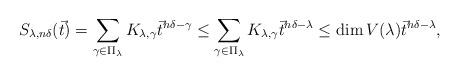
LaTeX: \begin{align*}S_{\lambda,n\delta}(\vec{t})=\sum_{\gamma\in\Pi_{\lambda}}K_{\lambda,\gamma}\vec{t}^{n\delta-\gamma}\leq\sum_{\gamma\in\Pi_{\lambda}}K_{\lambda,\gamma}\vec{t}^{n\delta-\lambda}\leq\dim V(\lambda)\vec{t}^{n\delta-\lambda},\end{align*}